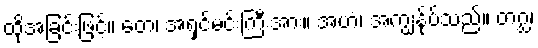
ထိုအခြင်းဖြင့်။ တေ၊ အရှင်မင်းကြီးအား။ အဟံ၊ အကျွန်ုပ်သည်။ တဂ္ဃ၊